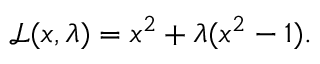
{ \mathcal { L } } ( x , \lambda ) = x ^ { 2 } + \lambda ( x ^ { 2 } - 1 ) .